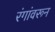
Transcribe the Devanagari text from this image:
रंगांवरून